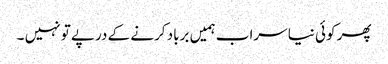
پھر کوئی نیا سراب ہمیں برباد کرنے کے درپے تو نہیں ۔